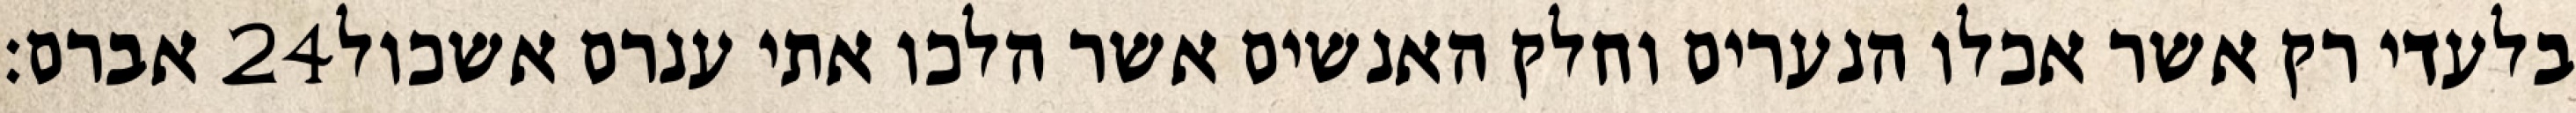
אברם׃ ‎24‏ בלעדי רק אשר אכלו הנערים וחלק האנשים אשר הלכו אתי ענרם אשכול